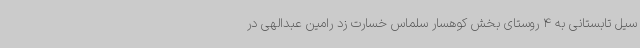
سیل تابستانی به 4 روستای بخش کوهسار سلماس خسارت زد رامین عبدالهی در